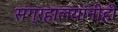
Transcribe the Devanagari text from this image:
संग्रहालयांनीही